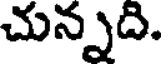
చున్నది.